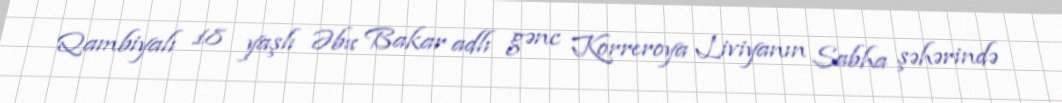
Qambiyalı 18 yaşlı Əbu Bakar adlı gənc Korreroya Liviyanın Sabha şəhərində